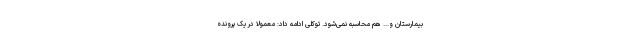
بیمارستان و... هم محاسبه نمی‌شود. توکلی ادامه داد: معمولا در یک پرونده